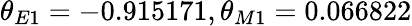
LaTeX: \theta_{E1}=-0.915171,\theta_{M1}=0.066822